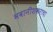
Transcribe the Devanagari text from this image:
भवानीशंकराचा